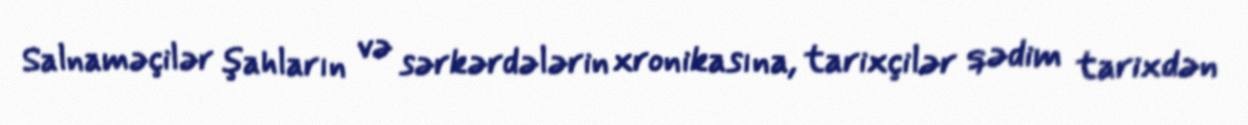
Salnaməçilər şahların və sərkərdələrin xronikasına, tarixçilər qədim tarixdən